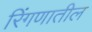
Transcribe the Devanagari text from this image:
रिंगणातील